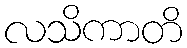
လသိကာတိ